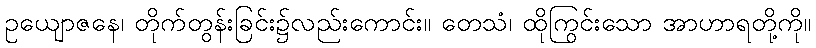
ဥယျောဇနေ၊ တိုက်တွန်းခြင်း၌လည်းကောင်း။ တေသံ၊ ထိုကြွင်းသော အာဟာရတို့ကို။